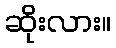
ဆိုးလား။